Civil Veterinary Department Bengal reports 1933-51 - 1933-1951
Year: 1933
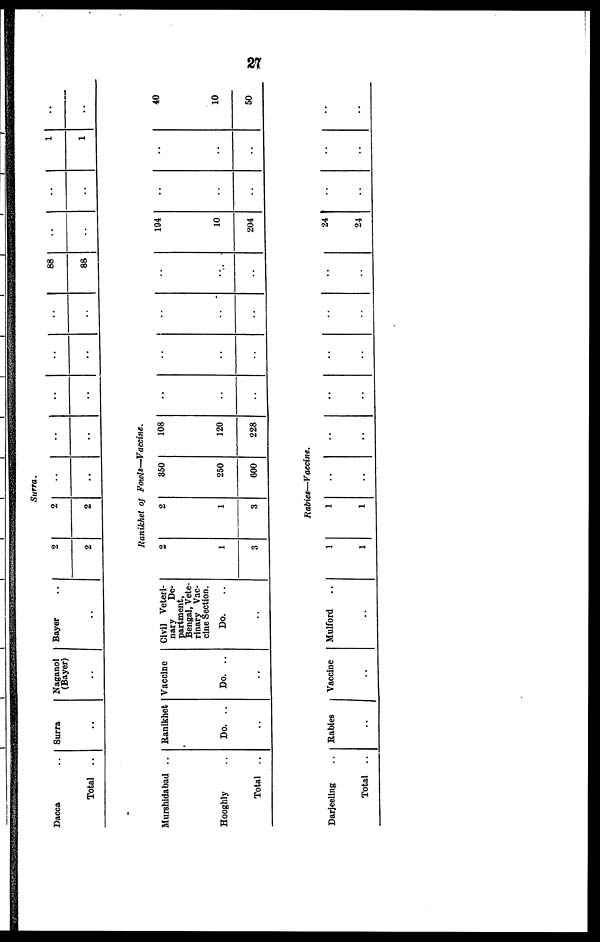
27
Surra.
Dacca ..
Total ..
Surra
..
Nagano]
(Bayer)
..
Bayer ..
..
2
2
2
2
..
..
..
..
..
..
..
..
..
..
88
88
Ranikhet of Fowls—Vaccine.
Murshidabad ..
Hooghly ..
Total ..
Ranikhet ..
Do. ..
..
Vaccine
Do. ..
..
Civil Veteri-
nary
De-
partment,
Bengal, Vete-
rinary Vac-
cine Section.
Do. ..
..
2
1
3
2
1
3
350
250
600
108
120
228
..
..
..
..
..
..
..
..
..
..
..
..
Rabies—Vaccine.
Darjeeling ..
Total ..
Rabies
..
Vaccine
..
Mulford ..
..
1
1
1
1
..
..
..
..
..
..
..
..
..
..
..
..
..
..
194
10
204
24
24
..
..
..
..
..
..
..
1
1
..
..
..
..
..
..
..
40
10
50
..
..